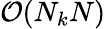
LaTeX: \mathcal{O}(N_{k}N)